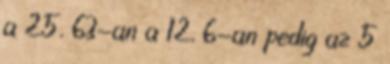
a 25, 63-an a 12, 6-an pedig az 5